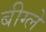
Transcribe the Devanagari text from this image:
बीग्ले